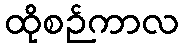
ထိုစဉ်ကာလ